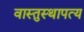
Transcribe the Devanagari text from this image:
वास्तुस्थापत्य